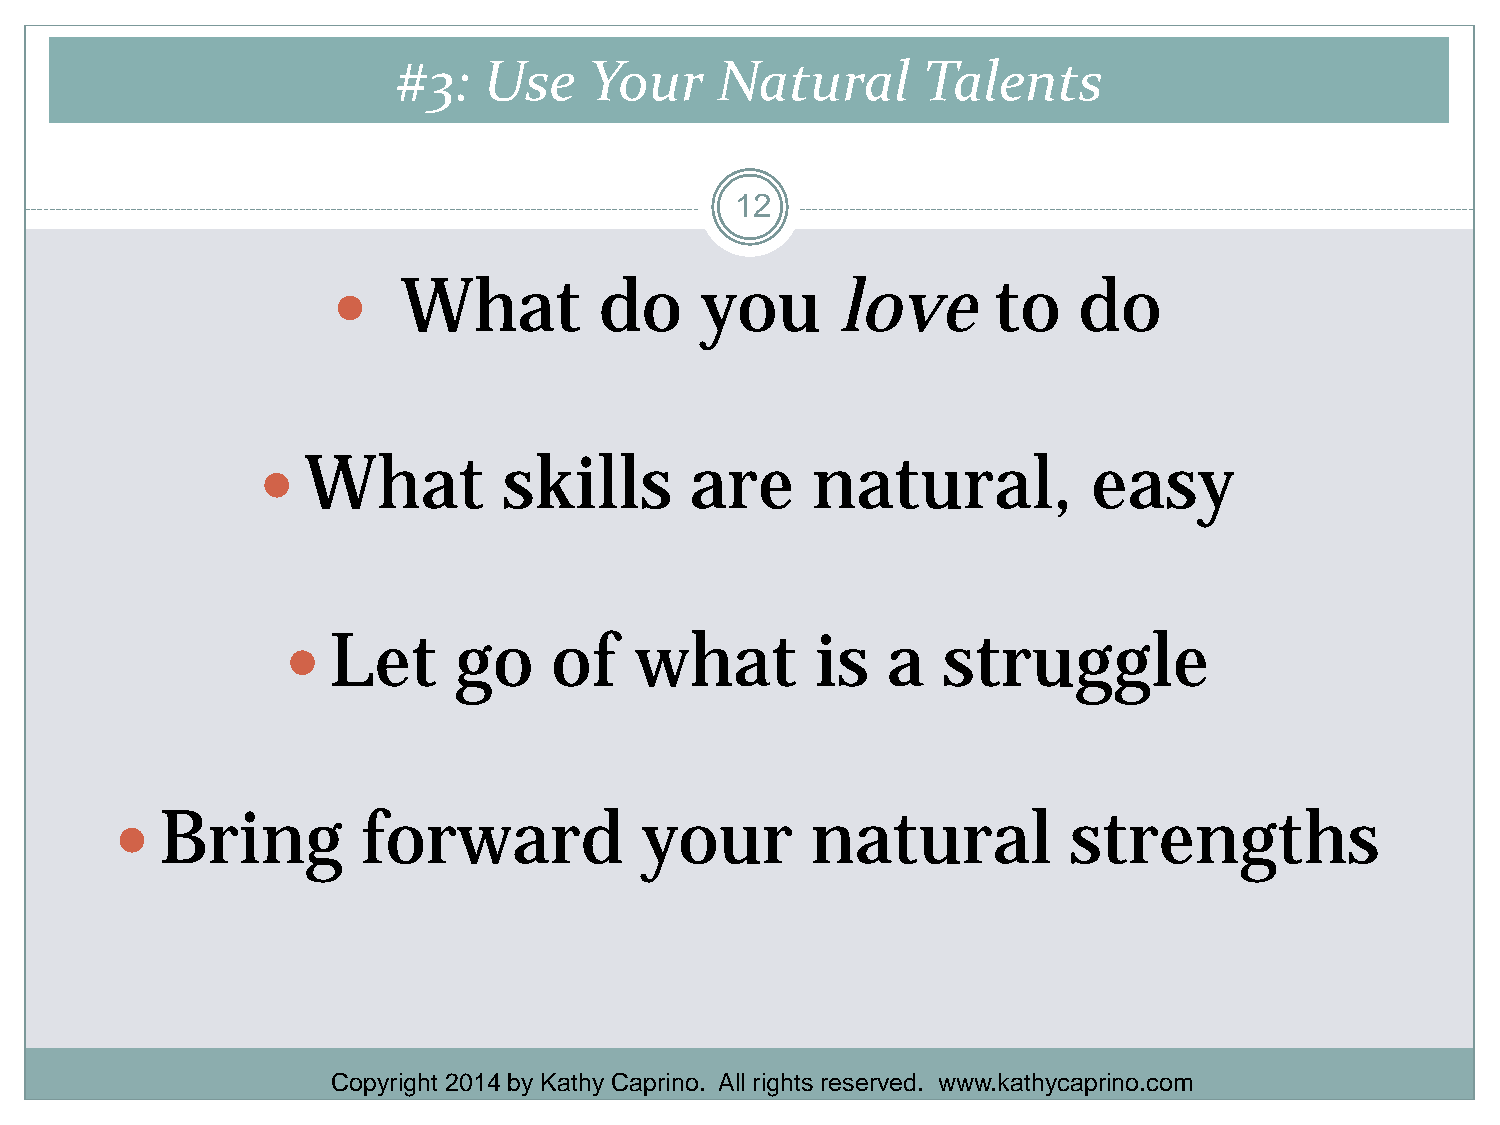
#3:   Use    Your     Natural      Talents
 12
     What         do    you       love      to   do
   What         skills       are     natural,          easy
   Let     go     of   what        is   a  struggle
   Bring        forward           your        natural          strengths
 Copyright 2014 by Kathy Caprino. All rights reserved. www.kathycaprino.com